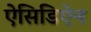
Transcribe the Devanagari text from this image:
ऐसिडिऐन